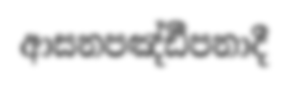
ආසනපඤ්ඪීපනාදී